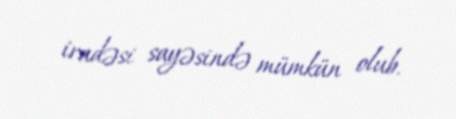
iradəsi sayəsində mümkün olub.